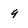
Character: 9